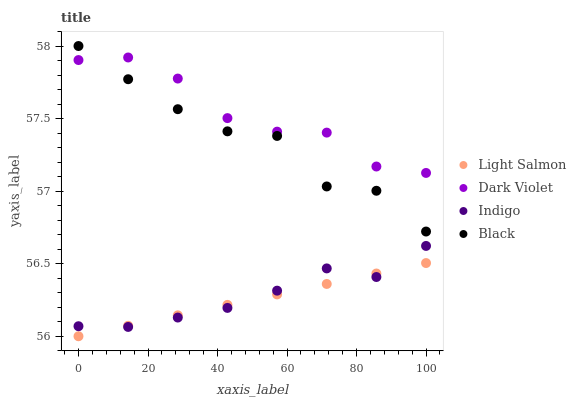
| xaxis_label | Light Salmon | Dark Violet | Indigo | Black |
 | --- | --- | --- | --- | --- |
 | 0 | 56 | 57.9 | 56.1 | 58 |
 | 14.3 | 56.1 | 57.9 | 56.1 | 57.8 |
 | 28.6 | 56.1 | 57.8 | 56.1 | 57.6 |
 | 42.9 | 56.2 | 57.5 | 56.2 | 57.4 |
 | 57.1 | 56.3 | 57.4 | 56.3 | 57.4 |
 | 71.4 | 56.4 | 57.4 | 56.5 | 57 |
 | 85.7 | 56.4 | 57.2 | 56.4 | 57 |
 | 100 | 56.5 | 57.1 | 56.6 | 56.7 |